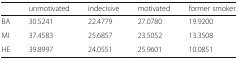
<table><thead><tr><td></td><td><b>unmotivated</b></td><td><b>indecisive</b></td><td><b>motivated</b></td><td><b>former smoker</b></td></tr></thead><tbody><tr><td>BA</td><td>30.5241</td><td>22.4779</td><td>27.0780</td><td>19.9200</td></tr><tr><td>MI</td><td>37.4583</td><td>25.6857</td><td>23.5052</td><td>13.3508</td></tr><tr><td>HE</td><td>39.8997</td><td>24.0551</td><td>25.9601</td><td>10.0851</td></tr></tbody></table>